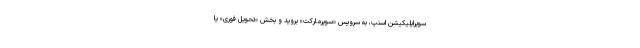
سوپراپلیکیشن اسنپ، به سرویس «سوپرمارکت» بروید و بخش «تحویل فوری» یا